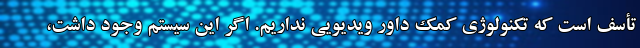
تأسف است که تکنولوژی کمک داور ویدیویی نداریم. اگر این سیستم وجود داشت،